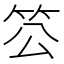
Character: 䇗